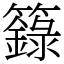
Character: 籙